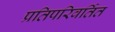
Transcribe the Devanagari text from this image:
प्रतिपरिवर्तित